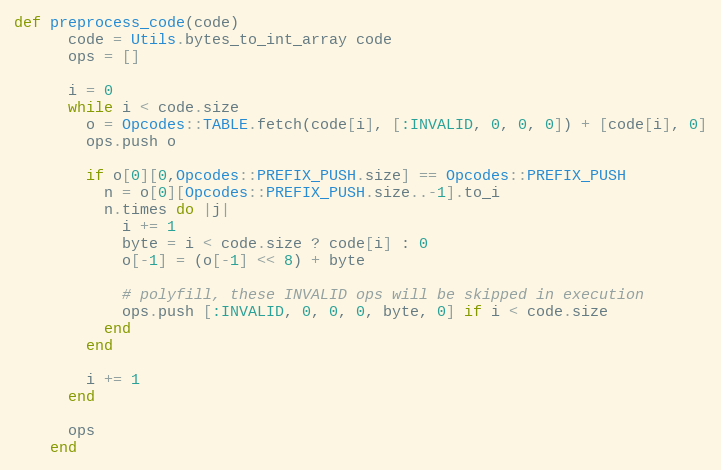
Language: Ruby
def preprocess_code(code)
      code = Utils.bytes_to_int_array code
      ops = []

      i = 0
      while i < code.size
        o = Opcodes::TABLE.fetch(code[i], [:INVALID, 0, 0, 0]) + [code[i], 0]
        ops.push o

        if o[0][0,Opcodes::PREFIX_PUSH.size] == Opcodes::PREFIX_PUSH
          n = o[0][Opcodes::PREFIX_PUSH.size..-1].to_i
          n.times do |j|
            i += 1
            byte = i < code.size ? code[i] : 0
            o[-1] = (o[-1] << 8) + byte

            # polyfill, these INVALID ops will be skipped in execution
            ops.push [:INVALID, 0, 0, 0, byte, 0] if i < code.size
          end
        end

        i += 1
      end

      ops
    end